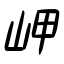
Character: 岬